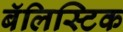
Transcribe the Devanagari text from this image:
बॅलिस्टिक